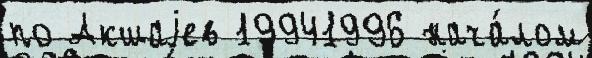
по Акшаjев 19941996 нача́лом